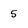
Character: 5